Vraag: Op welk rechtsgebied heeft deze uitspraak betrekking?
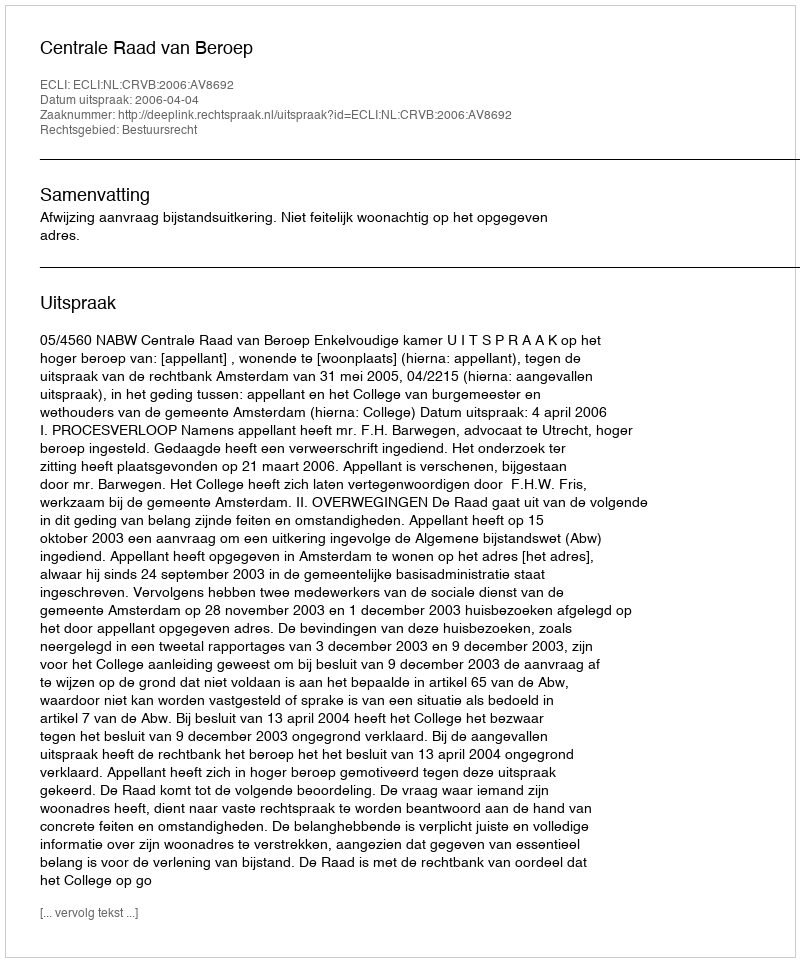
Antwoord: Bestuursrecht